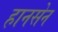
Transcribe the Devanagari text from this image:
हानसेन